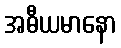
အဓီယမာနော